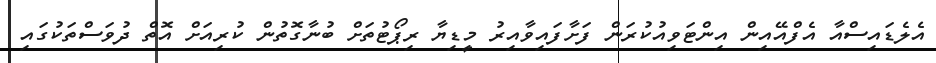
އެލެޑައިސްއާ އެފްއޭއިން އިންޓަވިއުކުރަން ފަށާފައިވާއިރު މީޑިޔާ ރިޕޯޓުތަށް ބުނާގޮތުން ކުރިއަށް އޮތް ދުވަސްތަކުގައި